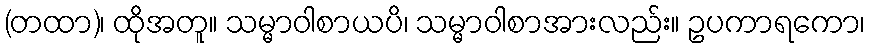
(တထာ)၊ ထိုအတူ။ သမ္မာဝါစာယပိ၊ သမ္မာဝါစာအားလည်း။ ဥပကာရကော၊